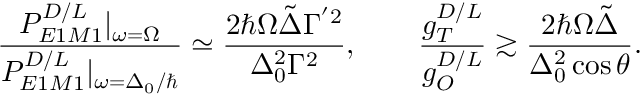
\frac { P _ { E 1 M 1 } ^ { D / L } | _ { \omega = \Omega } } { P _ { E 1 M 1 } ^ { D / L } | _ { \omega = \Delta _ { 0 } / \hbar } } \simeq \frac { 2 \hbar \Omega \tilde { \Delta } \Gamma ^ { ^ { \prime } 2 } } { \Delta _ { 0 } ^ { 2 } \Gamma ^ { 2 } } , \qquad \frac { g _ { T } ^ { D / L } } { g _ { O } ^ { D / L } } \gtrsim \frac { 2 \hbar \Omega \tilde { \Delta } } { \Delta _ { 0 } ^ { 2 } \cos { \theta } } .